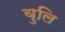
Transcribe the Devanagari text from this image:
वुलि